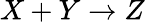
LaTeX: X+Y\rightarrow Z